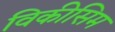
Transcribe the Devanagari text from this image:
विकीसिम